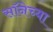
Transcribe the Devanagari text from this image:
सॉनेच्या